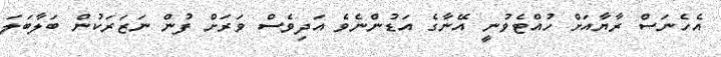
އެހެނަސް ރާޔާއަށް ހުއްޓެވުނީ އޭނާގެ އަޑުންނެވެ އަދިވެސް ވަރަށް ފުން ނަޒަރަކުން ބަލާބަލަ